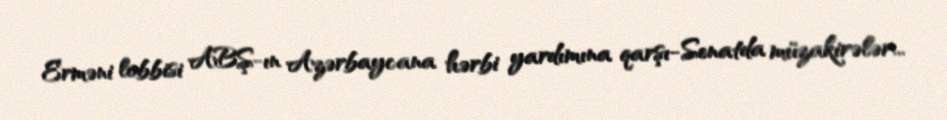
Erməni lobbisi ABŞ-ın Azərbaycana hərbi yardımına qarşı-Senatda müzakirələr...